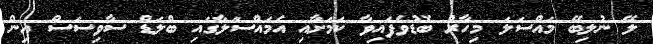
ލޭ ނުލިބޭ މައްސަލަ މިހާރު ބޮޑުވެފައިވާ ކަމަށާއި އެމައްސަލާގައި ބްލަޑް ސާވިސަސް އިން